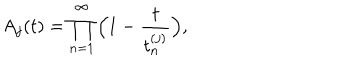
A _ { j } ( t ) = \prod _ { n = 1 } ^ { \infty } \Big ( 1 - \frac { t } { t _ { n } ^ { ( j ) } } \Big ) ,